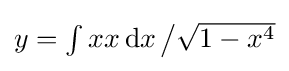
{\textstyle y=\int xx\mathop {\mathrm {d} x} {\big /}{\sqrt {1-x^{4}}}}